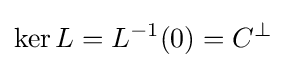
\operatorname {ker} L=L^{-1}(0)=C^{\bot }